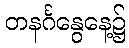
တနင်္ဂနွေနေ့၌